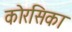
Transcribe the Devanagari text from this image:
कोरसिका